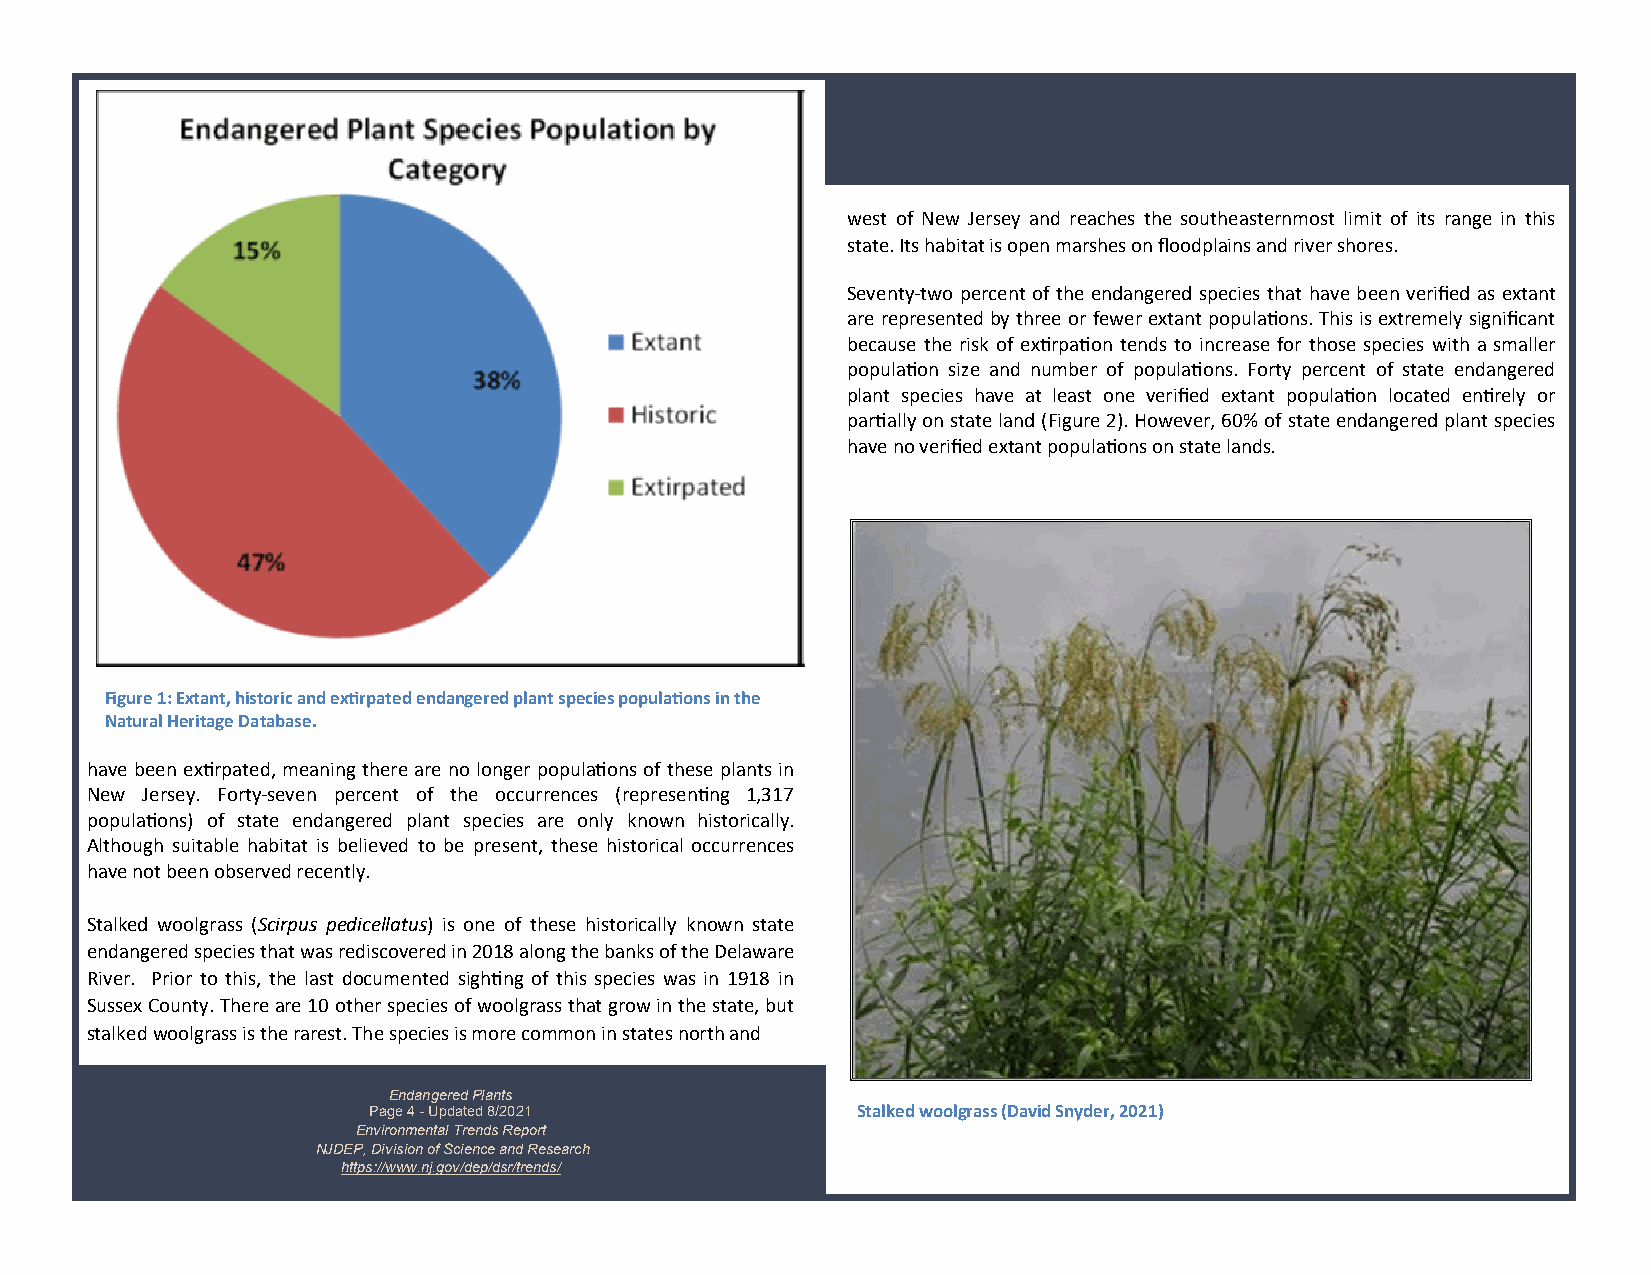
west of New Jersey and reaches the southeasternmost limit of its range in this
 state. Its habitat is open marshes on floodplains and river shores.
 Seventy-two percent of the endangered species that have been verified as extant
 are represented by three or fewer extant populations. This is extremely significant
 because the risk of extirpation tends to increase for those species with a smaller
 population size and number of populations. Forty percent of state endangered
 plant species have at least one verified extant population located entirely or
 partially on state land (Figure 2). However, 60% of state endangered plant species
 have no verified extant populations on state lands.
 Figure 1: Extant, historic and extirpated endangered plant species populations in the
 Natural Heritage Database.
 have been extirpated, meaning there are no longer populations of these plants in
 New Jersey. Forty-seven percent of the occurrences (representing 1,317
 populations) of state endangered plant species are only known historically.
 Although suitable habitat is believed to be present, these historical occurrences
 have not been observed recently.
 Stalked woolgrass (Scirpus pedicellatus) is one of these historically known state
 endangered species that was rediscovered in 2018 along the banks of the Delaware
 River. Prior to this, the last documented sighting of this species was in 1918 in
 Sussex County. There are 10 other species of woolgrass that grow in the state, but
 stalked woolgrass is the rarest. The species is more common in states north and
 Endangered Plants
 Page 4 - Updated 8/2021          Stalked woolgrass (David Snyder, 2021)
 Environmental Trends Report
 NJDEP, Division of Science and Research
 https://www.nj.gov/dep/dsr/trends/